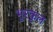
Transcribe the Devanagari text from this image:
भुरकुल